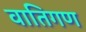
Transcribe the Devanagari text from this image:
वातिगण